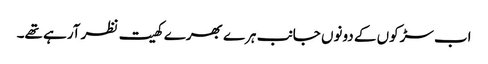
اب سڑکوں کے دونوں جانب ہرے بھرے کھیت نظر آرہے تھے۔